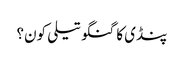
پنڈی کا گنگو تیلی کون؟